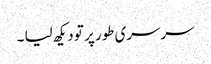
سرسری طور پر تو دیکھ لیا ۔